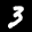
Label: 3